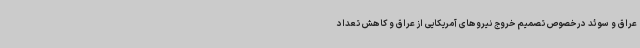
عراق و سوئد درخصوص تصمیم خروج نیروهای آمریکایی از عراق و کاهش تعداد